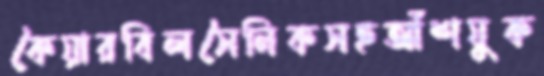
কৈয়ারবিলসৈনিকসহআঁশযুক